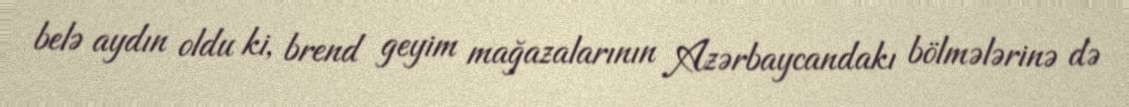
belə aydın oldu ki, brend geyim mağazalarının Azərbaycandakı bölmələrinə də